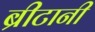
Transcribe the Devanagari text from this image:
ब्रीटानी